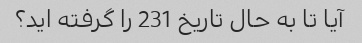
آیا تا به حال تاریخ 231 را گرفته اید؟